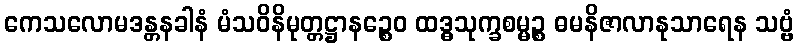
ကေသလောမဒန္တနခါနံ မံသဝိနိမုတ္တဋ္ဌာနဉ္စေဝ ထဒ္ဓသုက္ခစမ္မဉ္စ ဓမနိဇာလာနုသာရေန သဗ္ဗံ